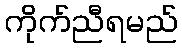
ကိုက်ညီရမည်